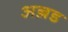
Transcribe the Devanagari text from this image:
अल्लड